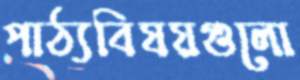
পাঠ্যবিষয়গুলো